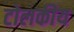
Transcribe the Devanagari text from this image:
टोलकीय